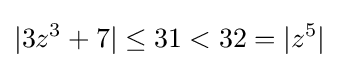
|3z^{3}+7|\leq 31<32=|z^{5}|